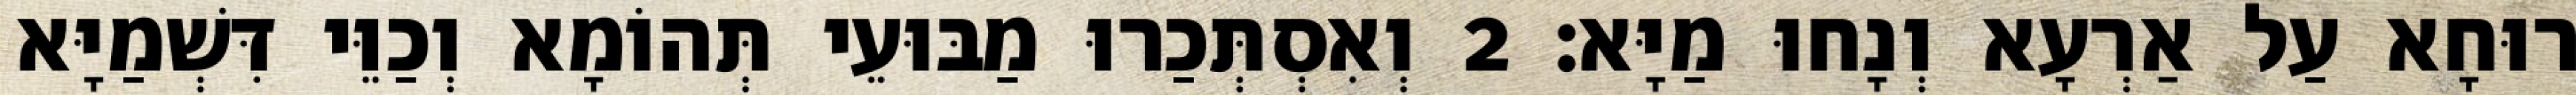
רוּחָא עַל אַרְעָא וְנָחוּ מַיָּא׃ 2 וְאִסְתְּכַרוּ מַבּוּעֵי תְּהוֹמָא וְכַוֵּי דִּשְׁמַיָּא